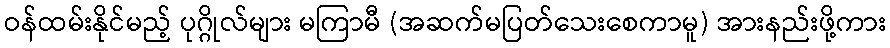
ဝန်ထမ်းနိုင်မည့် ပုဂ္ဂိုလ်များ မကြာမီ (အဆက်မပြတ်သေးစေကာမူ) အားနည်းဖို့ကား